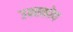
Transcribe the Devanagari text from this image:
उन्स्कोप